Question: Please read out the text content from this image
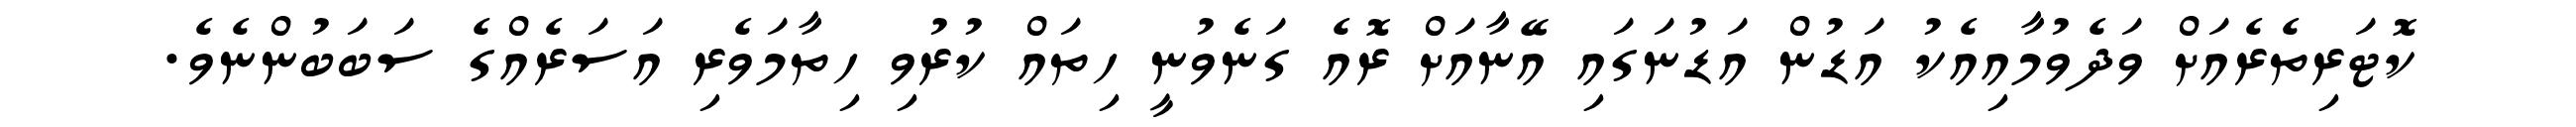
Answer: ކޮޓަރިތެރެއަށް ވަދެވުމާއިއެކު އަޑުން އަޑުނަގައި އޭނާއަށް ރޮއެ ގަނެވުނީ ހިތައް ކުރުވި ހިތާމަވެރި އަސަރެއްގެ ސަބަބުންނެވެ.